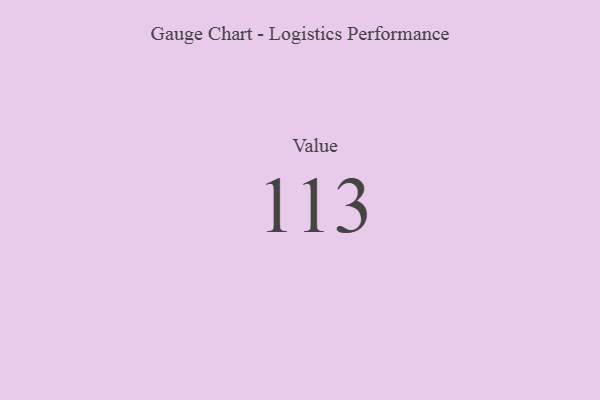
{"axis": {"x": "Metric", "y": "Value"}, "legend": [""], "data": [{"x": "Value", "y": 113, "type": ""}]}